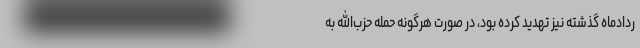
ردادماه گذشته نیز تهدید کرده بود، در صورت هرگونه حمله حزب‌الله به